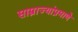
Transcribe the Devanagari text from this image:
साम्राज्यांप्रमाणे